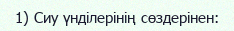
1) Сиу үнділерінің сөздерінен: